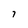
Character: 7